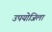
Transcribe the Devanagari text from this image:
उपयोजिला